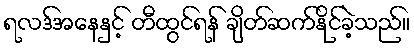
ရလဒ်အနေနှင့် တီထွင်ရန် ချိတ်ဆက်နိုင်ခဲ့သည်။